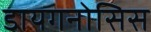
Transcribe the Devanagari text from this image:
डायगनोसिस